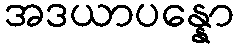
အဒယာပန္နော